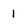
Character: 1